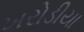
ખરોડીયા